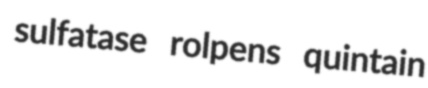
sulfatase rolpens quintain